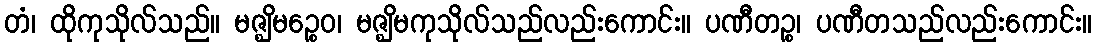
တံ၊ ထိုကုသိုလ်သည်။ မဇ္ဈိမဉ္စေဝ၊ မဇ္ဈိမကုသိုလ်သည်လည်းကောင်း။ ပဏီတဉ္စ၊ ပဏီတသည်လည်းကောင်း။